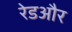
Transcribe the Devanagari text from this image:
रेडऔर